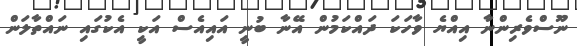
ނޫސްވެރިންނާ އިއްޔެ ވާހަކަ ދައްކަމުން އޭނާ ބުނީ އައިއެސް އަކީ އެކުގައި ނައްތާލަން